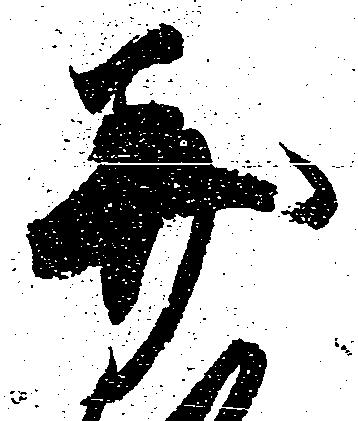
美